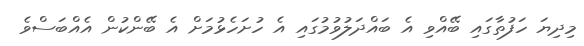
މިދިޔަ ހަފުތާގައި ބޭއްވި އެ ބައްދަލުވުމުގައި އެ ހުށަހެޅުމަށް އެ ބޭންކުން އެއްބަސްވެ